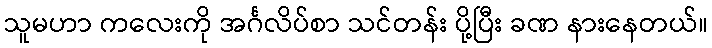
သူမဟာ ကလေးကို အင်္ဂလိပ်စာ သင်တန်း ပို့ပြီး ခဏ နားနေတယ်။